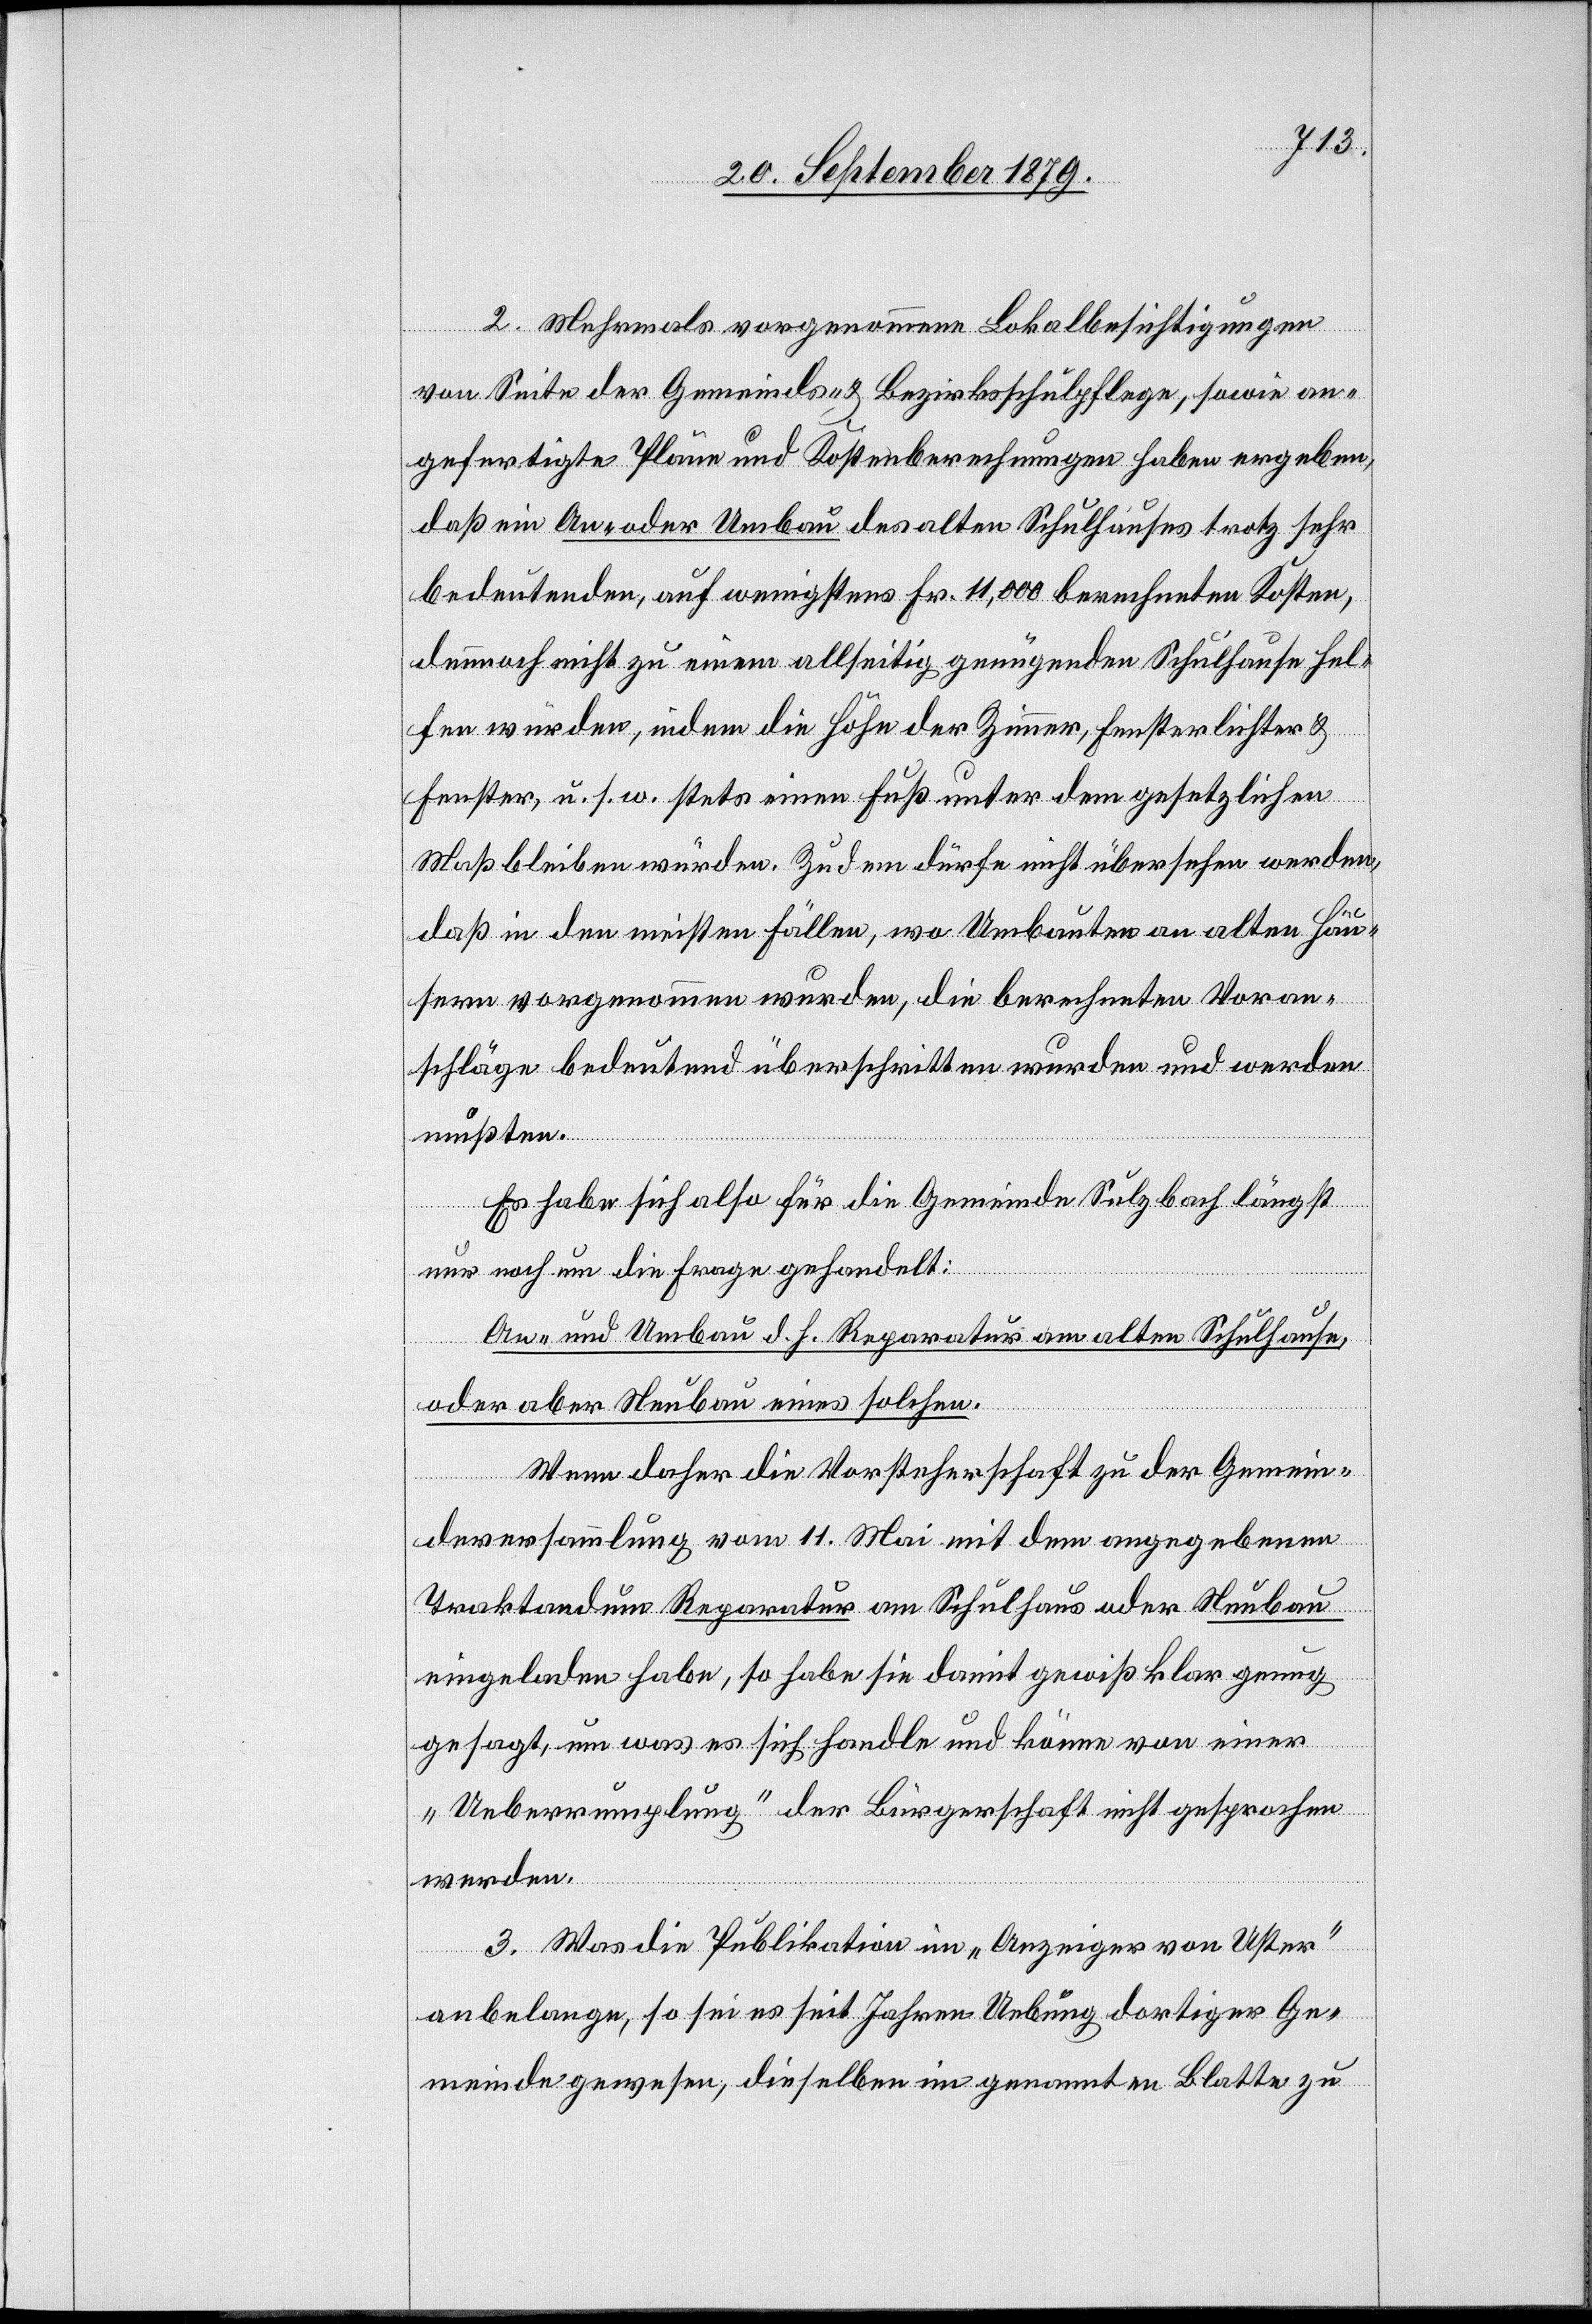
2. Mehrmals vorgenommene Lokalbesichtigungen
von Seite der Gemeinds- & Bezirksschulpflege, sowie an¬
gefertigte Pläne und Kostenberechnungen haben ergeben,
daß ein An- oder Umbau des alten Schulhauses trotz sehr
bedeutenden, auf wenigstens Fr. 11,000 berechneten Kosten,
demnach nicht zu einem allseitig genügenden Schulhause hel¬
fen würden, indem die Höhe der Zimmer, Fensterlichter &
Fenster, u. s. w. stets einen Fuß unter dem gesetzlichen
Maß bleiben würden. Zudem dürfe nicht übersehen werden,
daß in den meisten Fällen, wo Umbauten an alten Häu¬
sern vorgenommen wurden, die berechneten Voran¬
schläge bedeutend überschritten wurden und werden
mußten.
Es habe sich also für die Gemeinde Sulzbach längst
nur noch um die Frage gehandelt:
An- und Umbau d. h. Reparatur am alten Schulhause,
oder aber Neubau eines solchen.
Wenn daher die Vorsteherschaft zu der Gemein¬
deversammlung vom 11. Mai mit dem angegebenen
Traktandum Reparatur am Schulhaus oder Neubau
eingeladen habe, so habe sie damit gewiß klar genug
gesagt, um was es sich handle und könne von einer
„Ueberrumplung“ der Bürgerschaft nicht gesprochen
werden.
3. Was die Publikation im „Anzeiger von Uster“
anbelange, so sei es seit Jahren Uebung dortiger Ge¬
meinde gewesen, dieselben im genannten Blatte zu